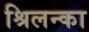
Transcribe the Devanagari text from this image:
श्रिलन्का